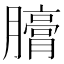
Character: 𣎪